system: You are a helpful assistant.
user:
Analyze the provided spectrum to determine if it is a **"Cataclysmic Variables (CV)"**.

- **Key Indicators for CV (Check for either state):**
    - **State 1: Quiescent / Low-State (Emission-Dominated)**
        - **(Primary):** Strong and *very broad* Hydrogen Balmer emission lines (e.g., $H\alpha$ at 6563 Å, $H\beta$ at 4861 Å). The 'broadness' (high velocity dispersion, often FWHM > 1000 km/s) is the key diagnostic, indicating a high-velocity accretion disk.
        - **(Secondary):** Broad neutral Helium (He I) emission lines (e.g., 5876 Å, 6678 Å).
        - **(Key Confirmation):** Presence of high-excitation *ionized* Helium (He II) emission at 4686 Å. This is a strong indicator of accretion onto a white dwarf.
        - **(Line Profile):** Emission lines may exhibit a 'double-peaked' profile, which is a classic signature of a rotating accretion disk viewed at high inclination.

    - **State 2: Outburst / High-State (Absorption-Dominated)**
        - **(Primary):** Spectrum is dominated by a bright, blue continuum (looks like a hot star).
        - **(Secondary):** The emission lines from State 1 are weak, absent, or 'filled in', and are replaced by broad, shallow *absorption* lines (primarily Balmer and He I).
        - **(Morphology):** The overall spectrum mimics a hot B/A-type star. The crucial difference is that the absorption lines are significantly broader, shallower, and more 'washed-out' (or 'smeared') than the sharp lines of a normal stellar photosphere, due to high rotational speeds and pressure broadening in the disk.

Think first, call **spectral_visualization_tool** if needed to examine features in detail, then provide your final answer. Your response must adhere to the following strict rules:
1.  **Overall Structure:** Your response must follow the format `<think>...</think> <tool_call>...</tool_call> (if a tool is used) <answer>...</answer>`.
2.  **Tool Usage Constraint:** You may only make **one** tool call per turn.
3.  **Final Answer Format:** In the `<answer>` tag, your conclusion must be inside a `\boxed{}` command (e.g., `\boxed{YES}`), followed by your justification.

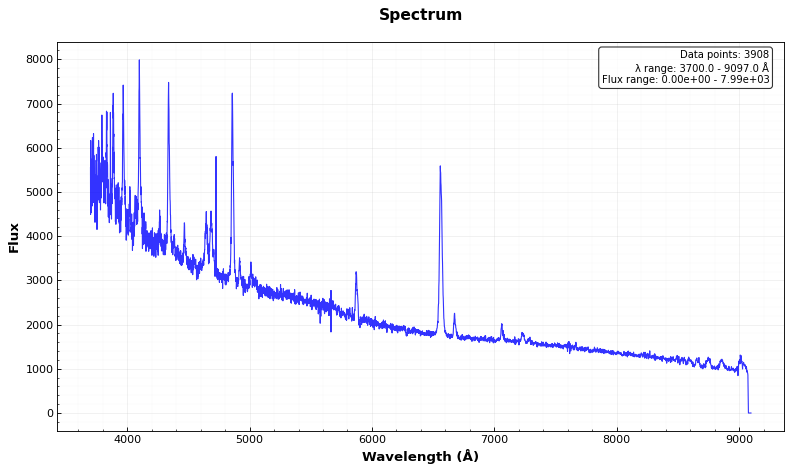
Answer: YES